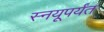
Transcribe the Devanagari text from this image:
स्नयूपर्यंत